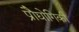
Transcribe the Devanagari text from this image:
प्रोैद्योगिकी